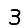
Digit: 3